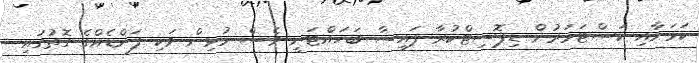
ކަމަށާއި ކަސްޓަމަރުން ޑިޕޮސިޓްކުރާ ފައިސާ ބަހައްޓަނީ ވެސް މުޅިން ވަކި ފަންޑެއްގެ ގޮތުގައި